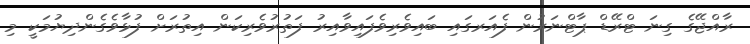
ރާއްޖޭގެ ގިނަ ޓްރޭޑް ޕާޓްނަރުން ފެއަރގައި ބައިވެރިވެފައިވާއިރު ފަތުރުވެރިކަން އިތުރަށް ފުޅާވެގެންދިޔުމަކީ މި